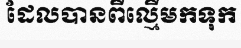
ដែលបានពីល្មើមកទុក